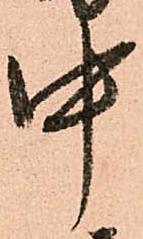
中